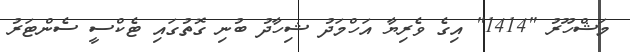
މަޝްހޫރު "1414" އިގެ ވެރިޔާ އަހްމަދު ޝިހާދު ބުނި ގޮތުގައި ޓެކްސީ ސެންޓަރު